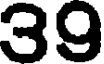
39